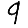
Digit: 9